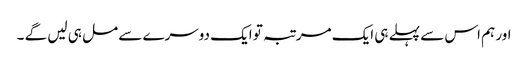
اور ہم اس سے پہلے ہی ایک مرتبہ تو ایک دوسرے سے مل ہی لیں گے ۔